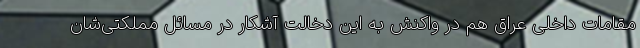
مقامات داخلی عراق هم در واکنش به این دخالت آشکار در مسائل مملکتی‌شان